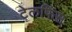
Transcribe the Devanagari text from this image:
टेलफिंस